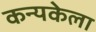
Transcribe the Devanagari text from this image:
कन्यकेला